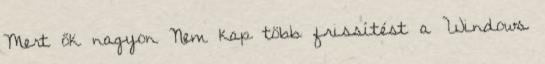
Mert ők nagyon Nem kap több frissítést a Windows